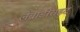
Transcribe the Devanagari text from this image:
लैब्राडोराइट